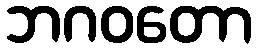
ဘဂဝတော